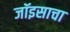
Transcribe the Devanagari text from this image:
जॉइसाचा